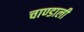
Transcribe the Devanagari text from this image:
चाण्डाली